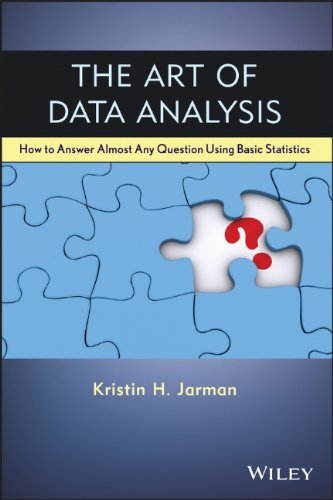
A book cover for The Art of Data Analysis: How to Answer Almost Any Question Using Basic Statistics; Kristin H. Jarman; Science & Math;